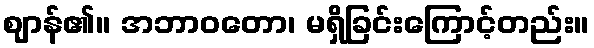
ဈာန်၏။ အဘာဝတော၊ မရှိခြင်းကြောင့်တည်း။